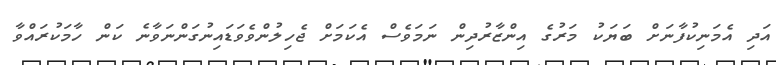
އަދި އެމަނިކުފާނަށް ބަޔަކު މަރުގެ އިންޒާރުދިން ނަމަވެސް އެކަމަށް ޖެހިލުންވެވަޑައިނުގަންނަވާނެ ކަން ހާމަކުރައްވާ